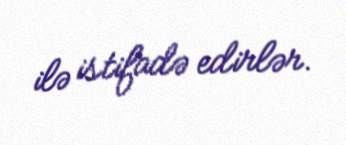
ilə istifadə edirlər.